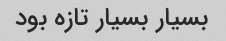
بسیار بسیار تازه بود